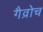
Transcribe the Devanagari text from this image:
गैव्रोच